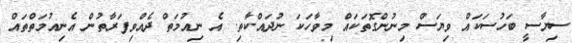
ސިޔާސީ ބަހުސަކައް ވިޔަސް މިނުންގޮތަކައް މިވާހަކަ ނުދައްކާތި. އެ ނިއުމަތް ދެއްވިފަރާތުން އެނިއުމަތްތައް